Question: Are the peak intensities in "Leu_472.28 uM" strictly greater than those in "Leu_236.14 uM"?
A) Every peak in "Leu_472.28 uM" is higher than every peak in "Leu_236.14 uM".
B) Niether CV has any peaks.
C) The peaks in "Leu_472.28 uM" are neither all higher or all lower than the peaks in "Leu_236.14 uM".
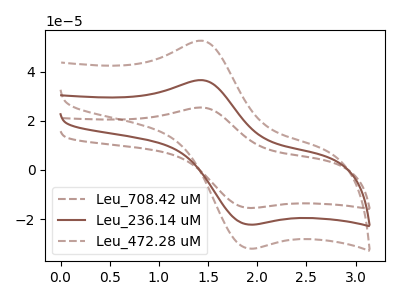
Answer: <think>The brown dashed curve "Leu_708.42 uM" has an anodic peak at (1.45V, 73.30uA) and a cathodic peak at (1.90V, -44.50uA). The brown curve "Leu_236.14 uM" has an anodic peak at (1.45V, 36.65uA) and a cathodic peak at (1.90V, -22.25uA). The brown dashed curve "Leu_472.28 uM" has an anodic peak at (1.45V, 52.70uA) and a cathodic peak at (1.90V, -32.00uA).</think>
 <answer>A) Every peak in "Leu_472.28 uM" is higher than every peak in "Leu_236.14 uM".</answer>
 <eval>A</eval>